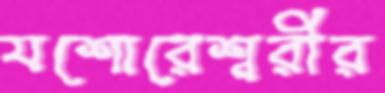
যশোরেশ্বরীর